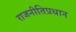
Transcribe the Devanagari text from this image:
राजनीतिप्रधान